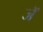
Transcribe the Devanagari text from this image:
जॅ